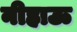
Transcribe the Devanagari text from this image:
नीहाऊ